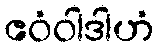
ဧဝံဝါဒါဟံ